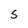
Character: S